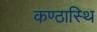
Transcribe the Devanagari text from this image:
कण्ठास्थि